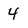
Character: 4